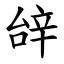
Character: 辝